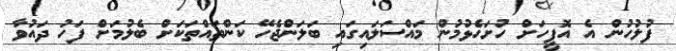
ފުލުހުން އެ އޮފީހަށް ހުށަހެޅުމުން މައްސަލައިގައި ބަލަންޖެހޭ ކަންތައްތަކަށް ބެލުމަށް ފަހު ދައުވާ